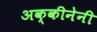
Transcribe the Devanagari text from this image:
अक्कीनेनी